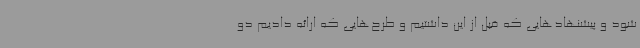
شود و پیشنهادهایی که قبل از این داشتیم و طرح‌هایی که ارائه دادیم دو